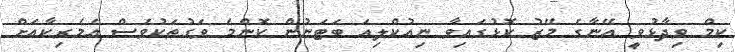
ކިމް ވިދާޅުވީ އޭނާގެ މޭޒު ކޮޅުގައިވާ ނިއުކްލިއަ ބަޓަނުން ކޮންމެ ވަގުތަކުވެސް އެމެރިކާއަށް